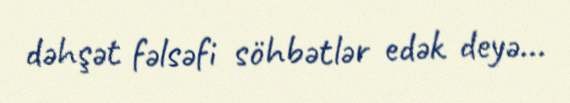
dəhşət fəlsəfi söhbətlər edək deyə...